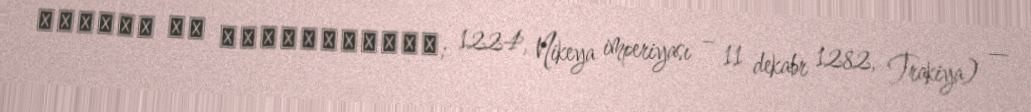
Μιχαήλ Η΄ Παλαιολόγος; 1224, Nikeya imperiyası – 11 dekabr 1282, Trakiya) —